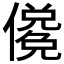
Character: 𰂼